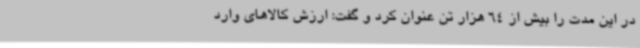
در این مدت را بیش از 64 هزار تن عنوان کرد و گفت: ارزش کالاهای وارد